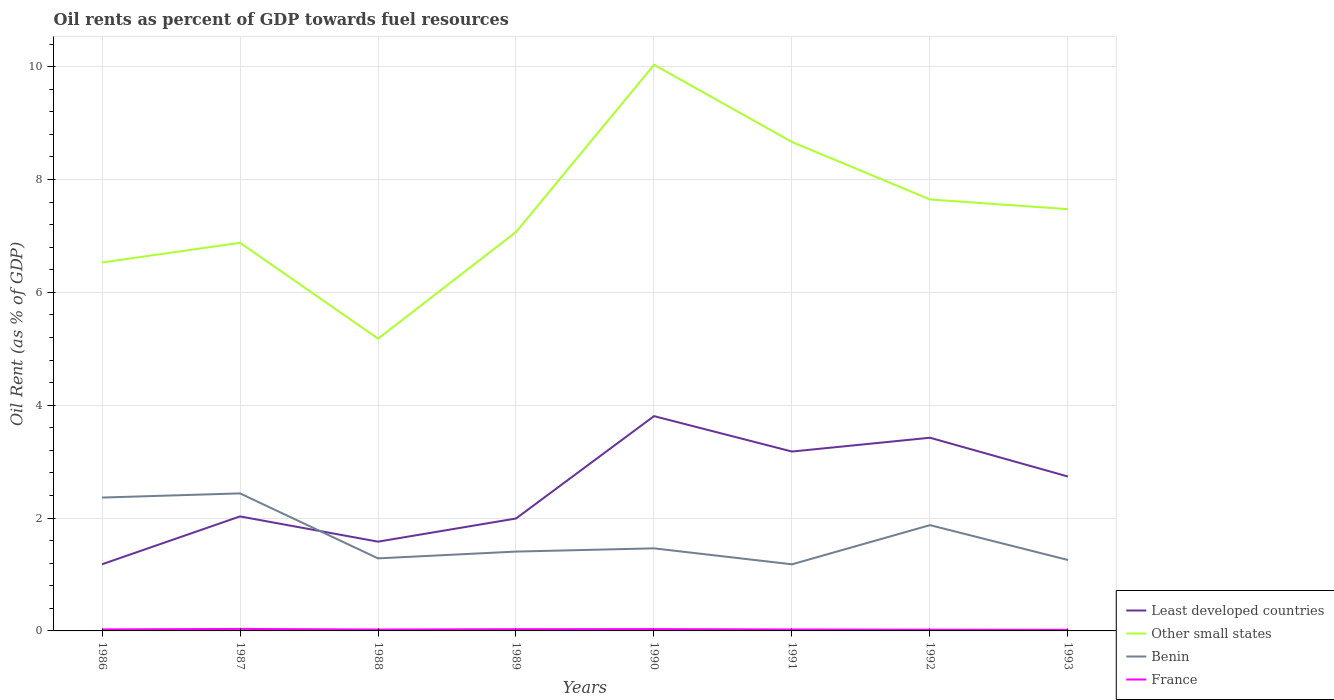
| Years | Least developed countries | Other small states | Benin | France |
 | --- | --- | --- | --- | --- |
 | 1986 | 1.18 | 6.53 | 2.36 | 0.0272 |
 | 1987 | 2.03 | 6.88 | 2.44 | 0.0353 |
 | 1988 | 1.58 | 5.18 | 1.29 | 0.025 |
 | 1989 | 1.99 | 7.07 | 1.41 | 0.0311 |
 | 1990 | 3.81 | 10 | 1.46 | 0.0326 |
 | 1991 | 3.18 | 8.66 | 1.18 | 0.0256 |
 | 1992 | 3.42 | 7.65 | 1.87 | 0.0216 |
 | 1993 | 2.74 | 7.47 | 1.26 | 0.0191 |